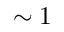
\sim 1